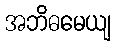
အဘိဓမေယျ